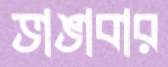
ভাঙাবার